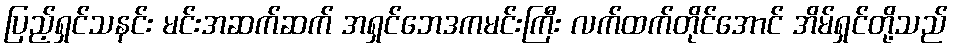
ပြည့်ရှင်သနင်း မင်းအဆက်ဆက် အရှင်ဘေဒကမင်းကြီး လက်ထက်တိုင်အောင် အိမ်ရှင်တို့သည်